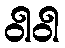
ဝါဝါ